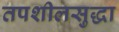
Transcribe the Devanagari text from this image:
तपशीलसुद्धा